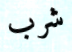
شرب